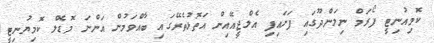
ކޮމިއުނިޓީ ފޯރަމް ނިލަންދޫގައި ފަށައިފި އެލްޖީއޭއިން އަތޮޅުތެރޭގައި ބާއްވަމުން އަންނަ މޮޑެލް ކޮމިޔުނިޓީ